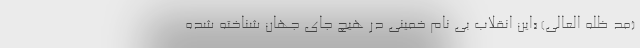
(مد ظله العالی) «این انقلاب بی نام خمینی در هیچ جای جهان شناخته شده